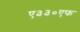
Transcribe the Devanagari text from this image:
ए३३०एफ